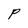
Character: P